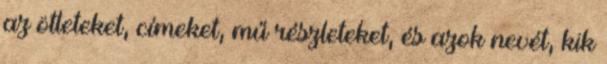
az ötleteket, címeket, mű részleteket, és azok nevét, kik